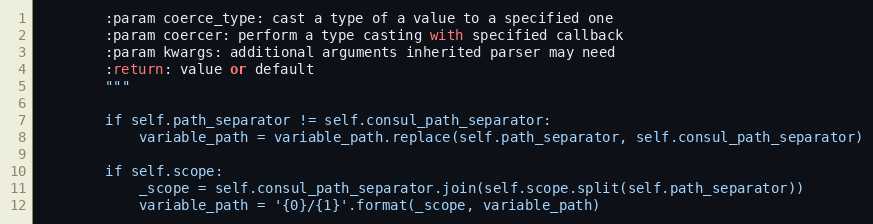
Language: Python
        :param coerce_type: cast a type of a value to a specified one
        :param coercer: perform a type casting with specified callback
        :param kwargs: additional arguments inherited parser may need
        :return: value or default
        """

        if self.path_separator != self.consul_path_separator:
            variable_path = variable_path.replace(self.path_separator, self.consul_path_separator)

        if self.scope:
            _scope = self.consul_path_separator.join(self.scope.split(self.path_separator))
            variable_path = '{0}/{1}'.format(_scope, variable_path)